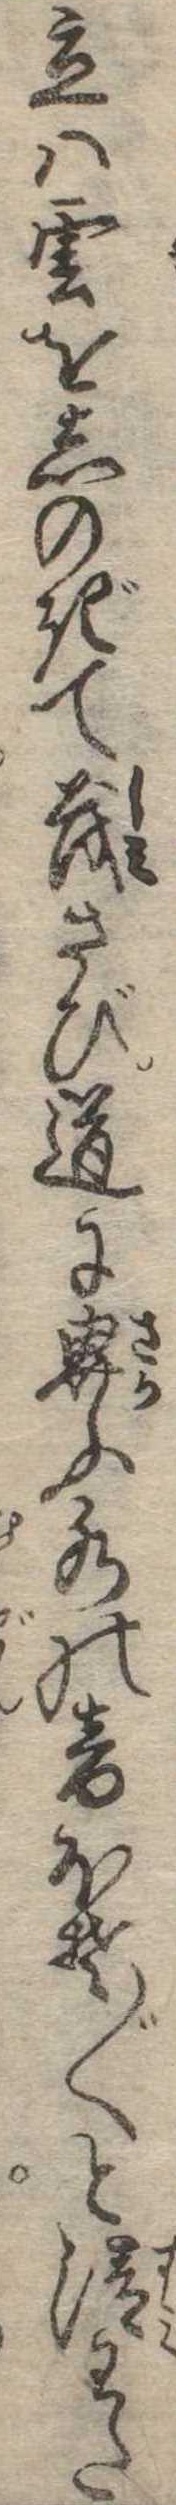
立は雲をしのぎて茂さび道に界ふ水の音ほそ〱と清わた